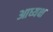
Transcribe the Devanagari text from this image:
आध्यक्ष